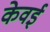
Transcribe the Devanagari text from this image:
केवई